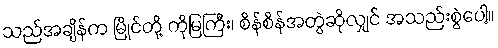
သည်အချိန်က မြိုင်တို့ ကိုမြကြီး၊ စိန်စိန်အတွဲဆိုလျှင် အသည်းစွဲပေါ့။